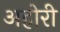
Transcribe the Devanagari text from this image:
अहोरी